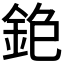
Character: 𨥹